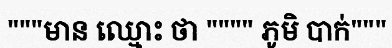
"""មាន ឈ្មោះ ថា """" ភូមិ បាក់"""